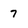
Character: 7